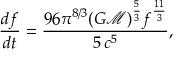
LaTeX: { \frac { d f } { d t } } = { \frac { 9 6 \pi ^ { 8 / 3 } ( G { \mathcal { M } } ) ^ { \frac { 5 } { 3 } } f ^ { \frac { 1 1 } { 3 } } } { 5 \, c ^ { 5 } } } ,